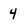
Character: 4